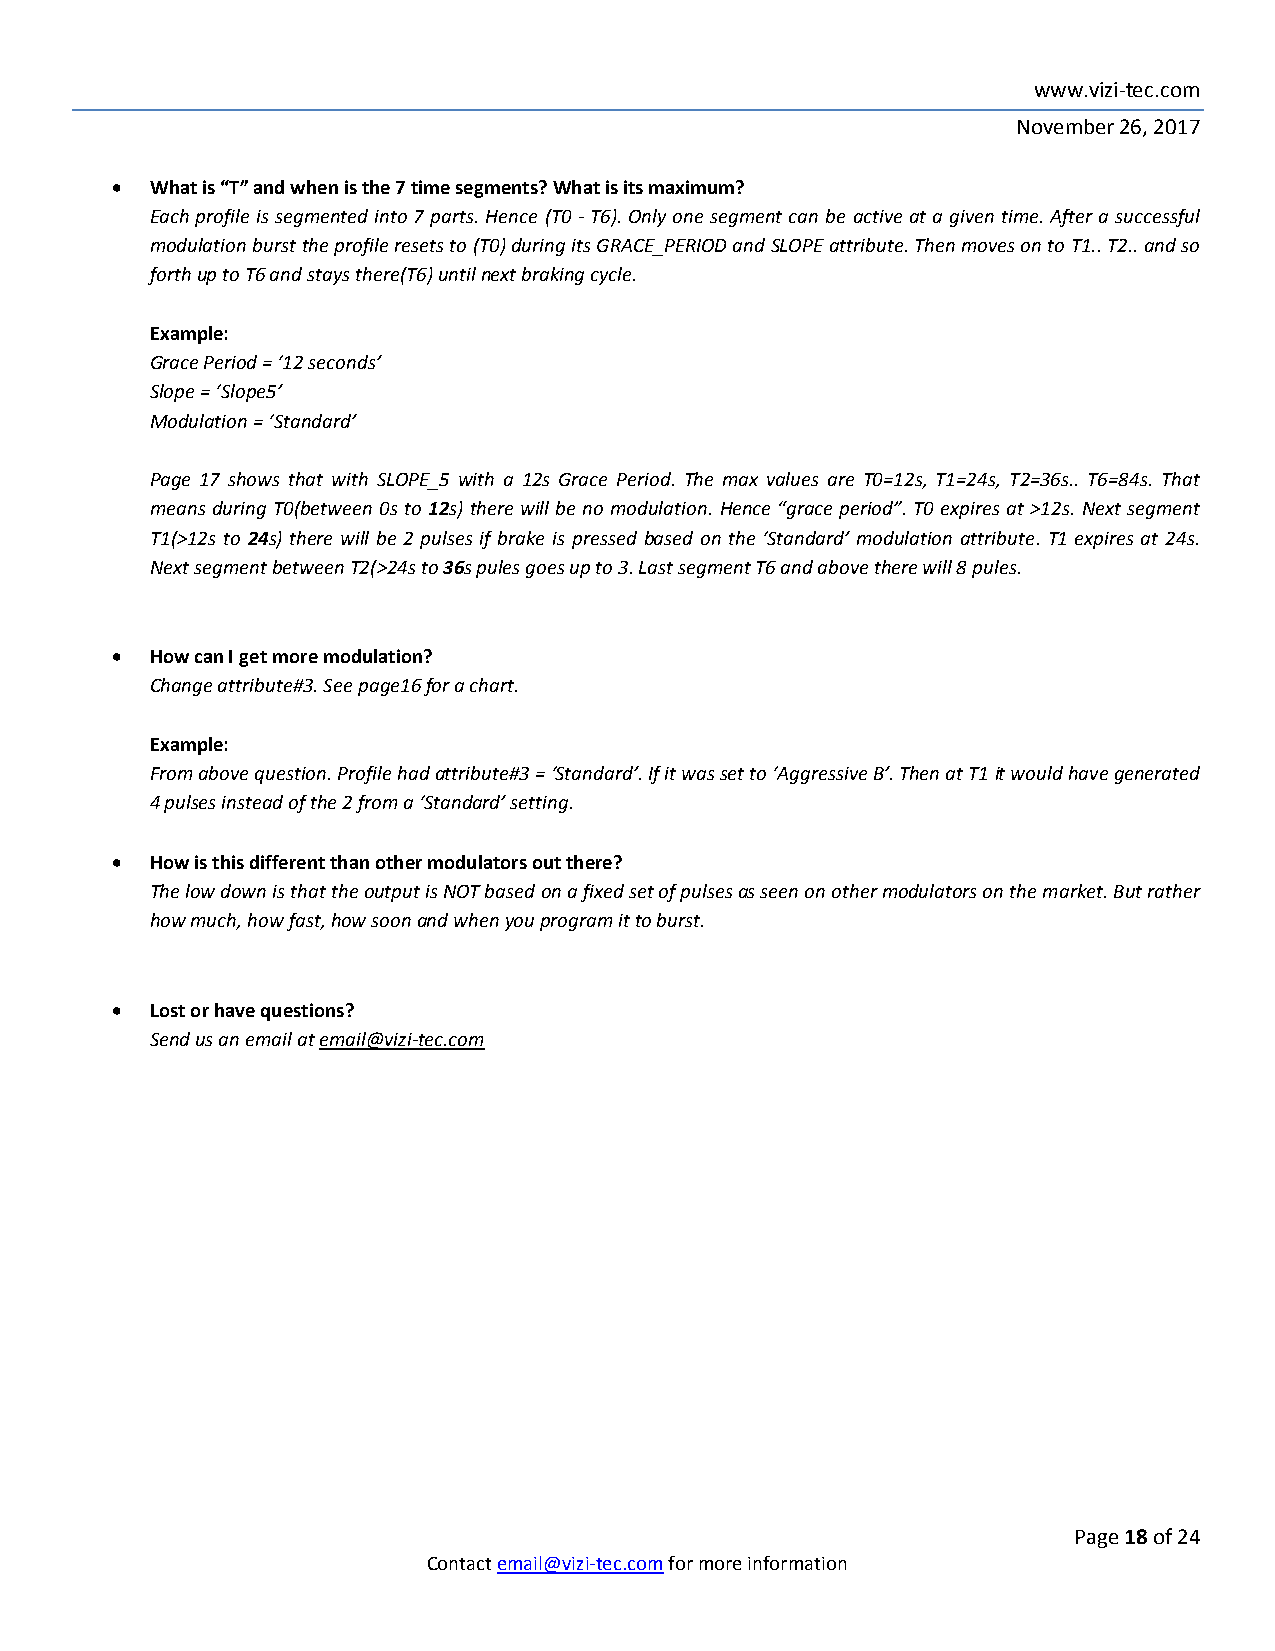
www.vizi-tec.com
 November 26, 2017
   What is “T” and when is the 7 time segments? What is its maximum?
 Each profile is segmented into 7 parts. Hence (T0 - T6). Only one segment can be active at a given time. After a successful
 modulation burst the profile resets to (T0) during its GRACE_PERIOD and SLOPE attribute. Then moves on to T1.. T2.. and so
 forth up to T6 and stays there(T6) until next braking cycle.
 Example:
 Grace Period = ‘12 seconds’
 Slope = ‘Slope5’
 Modulation = ‘Standard’
 Page 17 shows that with SLOPE_5 with a 12s Grace Period. The max values are T0=12s, T1=24s, T2=36s.. T6=84s. That
 means during T0(between 0s to 12s) there will be no modulation. Hence “grace period”. T0 expires at >12s. Next segment
 T1(>12s to 24s) there will be 2 pulses if brake is pressed based on the ‘Standard’ modulation attribute. T1 expires at 24s.
 Next segment between T2(>24s to 36s pules goes up to 3. Last segment T6 and above there will 8 pules.
   How can I get more modulation?
 Change attribute#3. See page16 for a chart.
 Example:
 From above question. Profile had attribute#3 = ‘Standard’. If it was set to ‘Aggressive B’. Then at T1 it would have generated
 4 pulses instead of the 2 from a ‘Standard’ setting.
   How is this different than other modulators out there?
 The low down is that the output is NOT based on a fixed set of pulses as seen on other modulators on the market. But rather
 how much, how fast, how soon and when you program it to burst.
   Lost or have questions?
 Send us an email at email@vizi-tec.com
 Page 18 of 24
 Contact email@vizi-tec.com for more information